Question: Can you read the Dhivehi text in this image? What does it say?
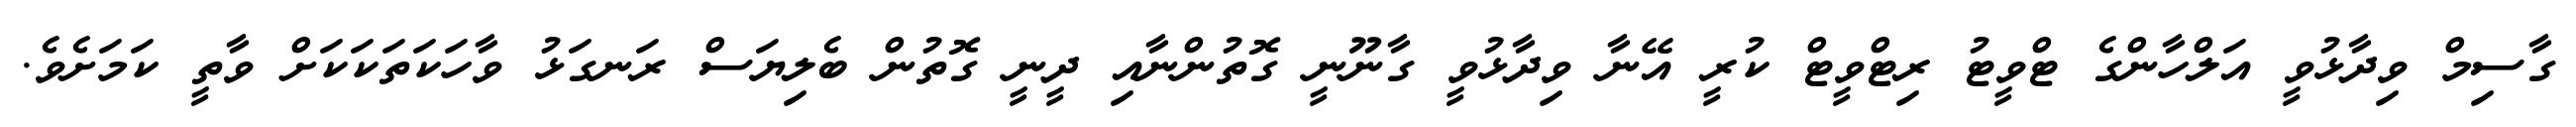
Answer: ގާސިމް ވިދާޅުވީ އަލްހާންގެ ޓްވީޓު ރިޓްވީޓް ކުރީ އޭނާ ވިދާޅުވީ ގާނޫނީ ގޮތުންނާއި ދީނީ ގޮތުން ބެލިޔަސް ރަނގަޅު ވާހަކަތަކަކަށް ވާތީ ކަމަށެވެ.